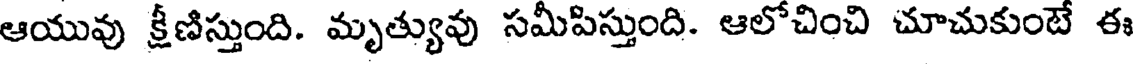
ఆయువు క్రీణిస్తుంది. మృత్యువు సమీపిస్తుంది. ఆలోచించి చూచుకుంటే ఈ